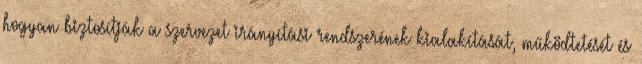
hogyan biztosítják a szervezet irányítási rendszerének kialakítását, működtetését és